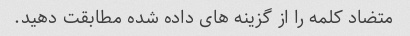
متضاد کلمه را از گزینه های داده شده مطابقت دهید.